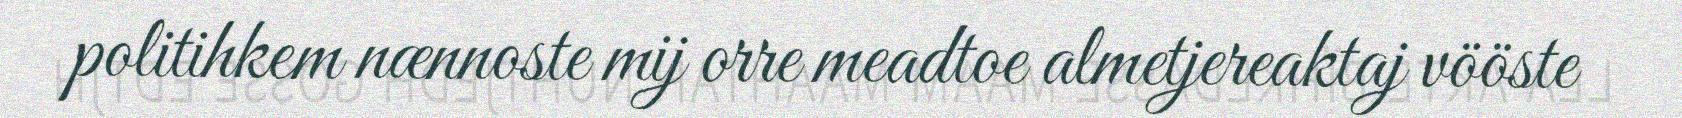
politihkem nænnoste mij orre meadtoe almetjereaktaj vööste